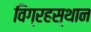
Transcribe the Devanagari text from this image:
विग्रहस्थान